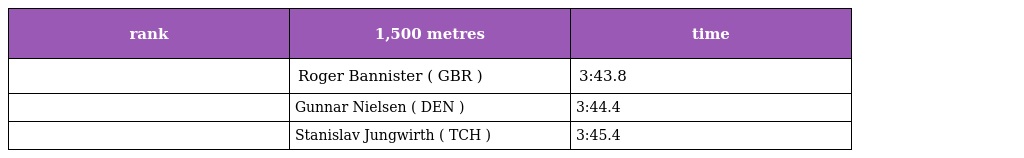
| rank | 1,500 metres | time |
 | --- | --- | --- |
 |  | Roger Bannister ( GBR ) | 3:43.8 |
 |  | Gunnar Nielsen ( DEN ) | 3:44.4 |
 |  | Stanislav Jungwirth ( TCH ) | 3:45.4 |